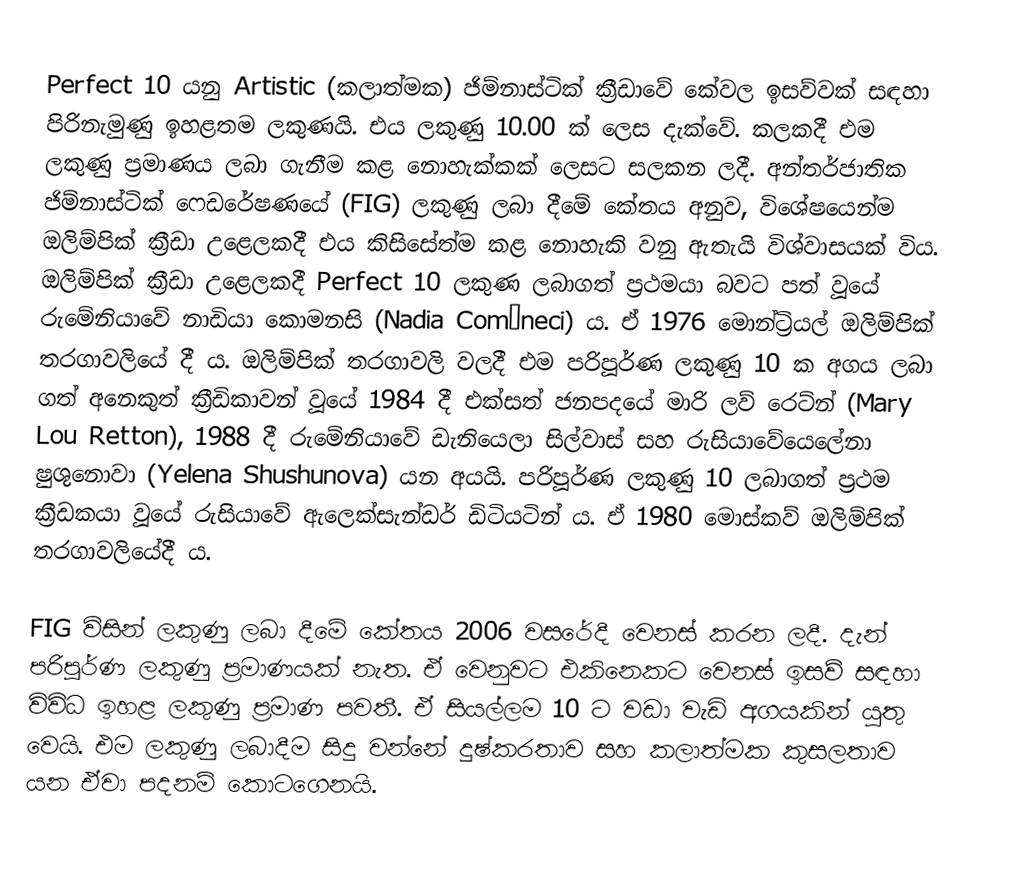
Perfect 10 යනු Artistic (කලාත්මක) ජිම්නාස්ටික් ක්‍රීඩාවේ කේවල ඉසව්වක් සඳහා පිරිනැමුණු ඉහළතම ලකුණයි. එය ලකුණු 10.00 ක් ලෙස දැක්වේ. කලකදී එම ලකුණු ප්‍රමාණය ලබා ගැනීම කළ නොහැක්කක් ලෙසට සලකන ලදී. අන්තර්ජාතික ජිම්නාස්ටික් ෆෙඩරේෂණයේ (FIG) ලකුණු ලබා දීමේ කේතය අනුව, විශේෂයෙන්ම ඔලිම්පික් ක්‍රීඩා උළෙලකදී එය කිසිසේත්ම කළ නොහැකි වනු ඇතැයි විශ්වාසයක් විය. ඔලිම්පික් ක්‍රීඩා උළෙලකදී Perfect 10 ලකුණ ලබාගත් ප්‍රථමයා බවට පත් වූයේ රුමේනියාවේ නාඩියා කොමනසි (Nadia Comăneci) ය. ඒ 1976 මොන්ට්‍රියල් ඔලිම්පික් තරගාවලියේ දී ය. ඔලිම්පික් තරගාවලි වලදී එම පරිපූර්ණ ලකුණු 10 ක අගය ලබා ගත් අනෙකුත් ක්‍රීඩිකාවන් වූයේ 1984 දී එක්සත් ජනපදයේ මාරි ලව් රෙට්න් (Mary Lou Retton), 1988 දී රුමේනියාවේ ඩැනියෙලා සිල්වාස් සහ රුසියාවේයෙලේනා ෂුශුනොවා (Yelena Shushunova) යන අයයි. පරිපූර්ණ ලකුණු 10 ලබාගත් ප්‍රථම ක්‍රීඩකයා වූයේ රුසියාවේ ඇලෙක්සැන්ඩර් ඩිටියටින් ය. ඒ 1980 මොස්කව් ඔලිම්පික් තරගාවලියේදී ය.

FIG විසින් ලකුණු ලබා දීමේ කේතය 2006 වසරේදී වෙනස් කරන ලදී. දැන් පරිපූර්ණ ලකුණු ප්‍රමාණයක් නැත. ඒ වෙනුවට එකිනෙකට වෙනස් ඉසව් සඳහා විවිධ ඉහළ ලකුණු ප්‍රමාණ පවතී. ඒ සියල්ලම 10 ට වඩා වැඩි අගයකින් යුතු වෙයි. එම ලකුණු ලබාදීම සිදු වන්නේ දුෂ්කරතාව සහ කලාත්මක කුසලතාව යන ඒවා පදනම් කොටගෙනයි.